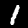
Label: 1